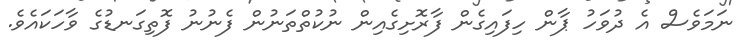
ނަމަވެސް އެ ދުވަހު ޕާން ހިފައިގެން ފާރޮށިގެއިން ނުކުތްތަނުން ފެނުނު ފޮތިގަނޑުގެ ވާހަކައެވެ.